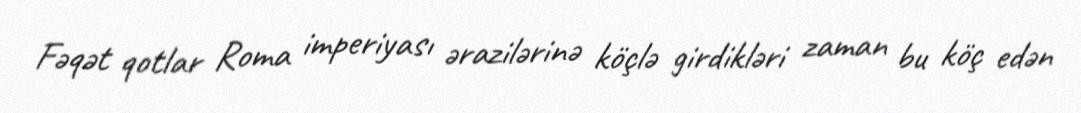
Fəqət qotlar Roma imperiyası ərazilərinə köçlə girdikləri zaman bu köç edən